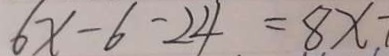
6 x - 6 - 2 4 = 8 x +